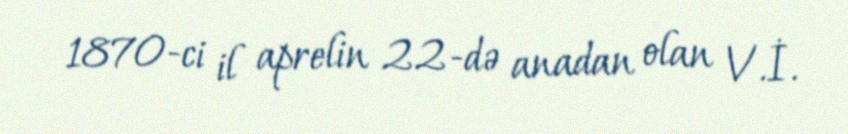
1870-ci il aprelin 22-də anadan olan V.İ.